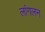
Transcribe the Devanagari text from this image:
लांगलन